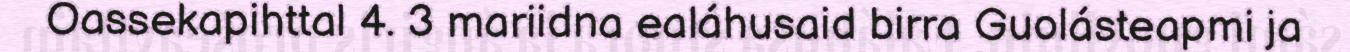
Oassekapihttal 4. 3 mariidna ealáhusaid birra Guolásteapmi ja